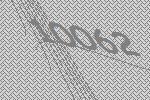
10062